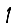
Digit: 1